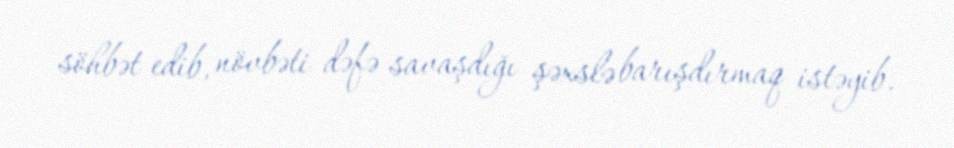
söhbət edib, növbəti dəfə savaşdığı şəxslə barışdırmaq istəyib.